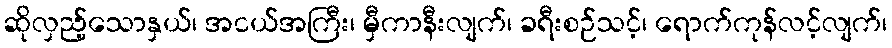
ဆိုလှည့်သောနှယ်၊ အငယ်အကြီး၊ မှီကာနီးလျက်၊ ခရီးစဉ်သင့်၊ ရောက်ကုန်လင့်လျက်၊